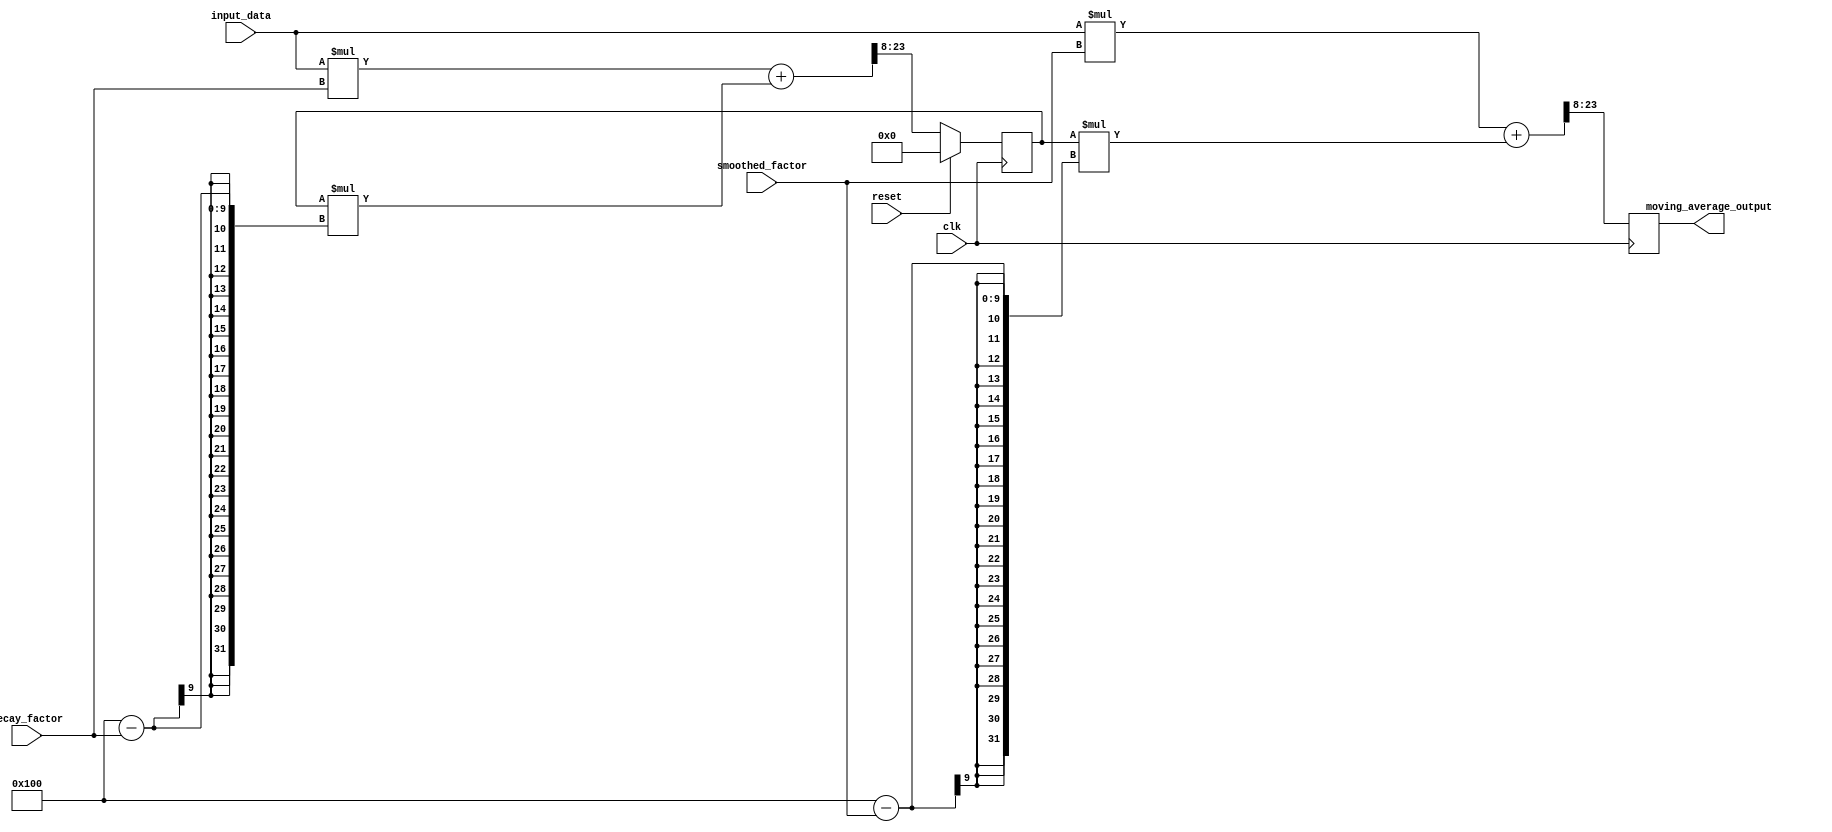
module EMA_accumulator(
    input wire clk,
    input wire reset,
    input wire [15:0] input_data,
    input wire [7:0] decay_factor,
    input wire [7:0] smoothed_factor,
    output reg [15:0] moving_average_output
);

reg [15:0] accumulated_value;

always @(posedge clk) begin
    if (reset) begin
        accumulated_value <= 16'h0000;
    end else begin
        accumulated_value <= (input_data * decay_factor + accumulated_value * (256 - decay_factor)) >> 8;
    end
end

always @(posedge clk) begin
    moving_average_output <= (input_data * smoothed_factor + accumulated_value * (256 - smoothed_factor)) >> 8;
end

endmodule